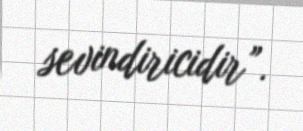
sevindiricidir”.